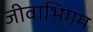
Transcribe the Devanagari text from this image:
जीवाभिगम